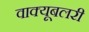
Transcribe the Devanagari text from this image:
वाक्यूबलरी